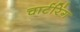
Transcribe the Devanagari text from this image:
चार्टरिंग